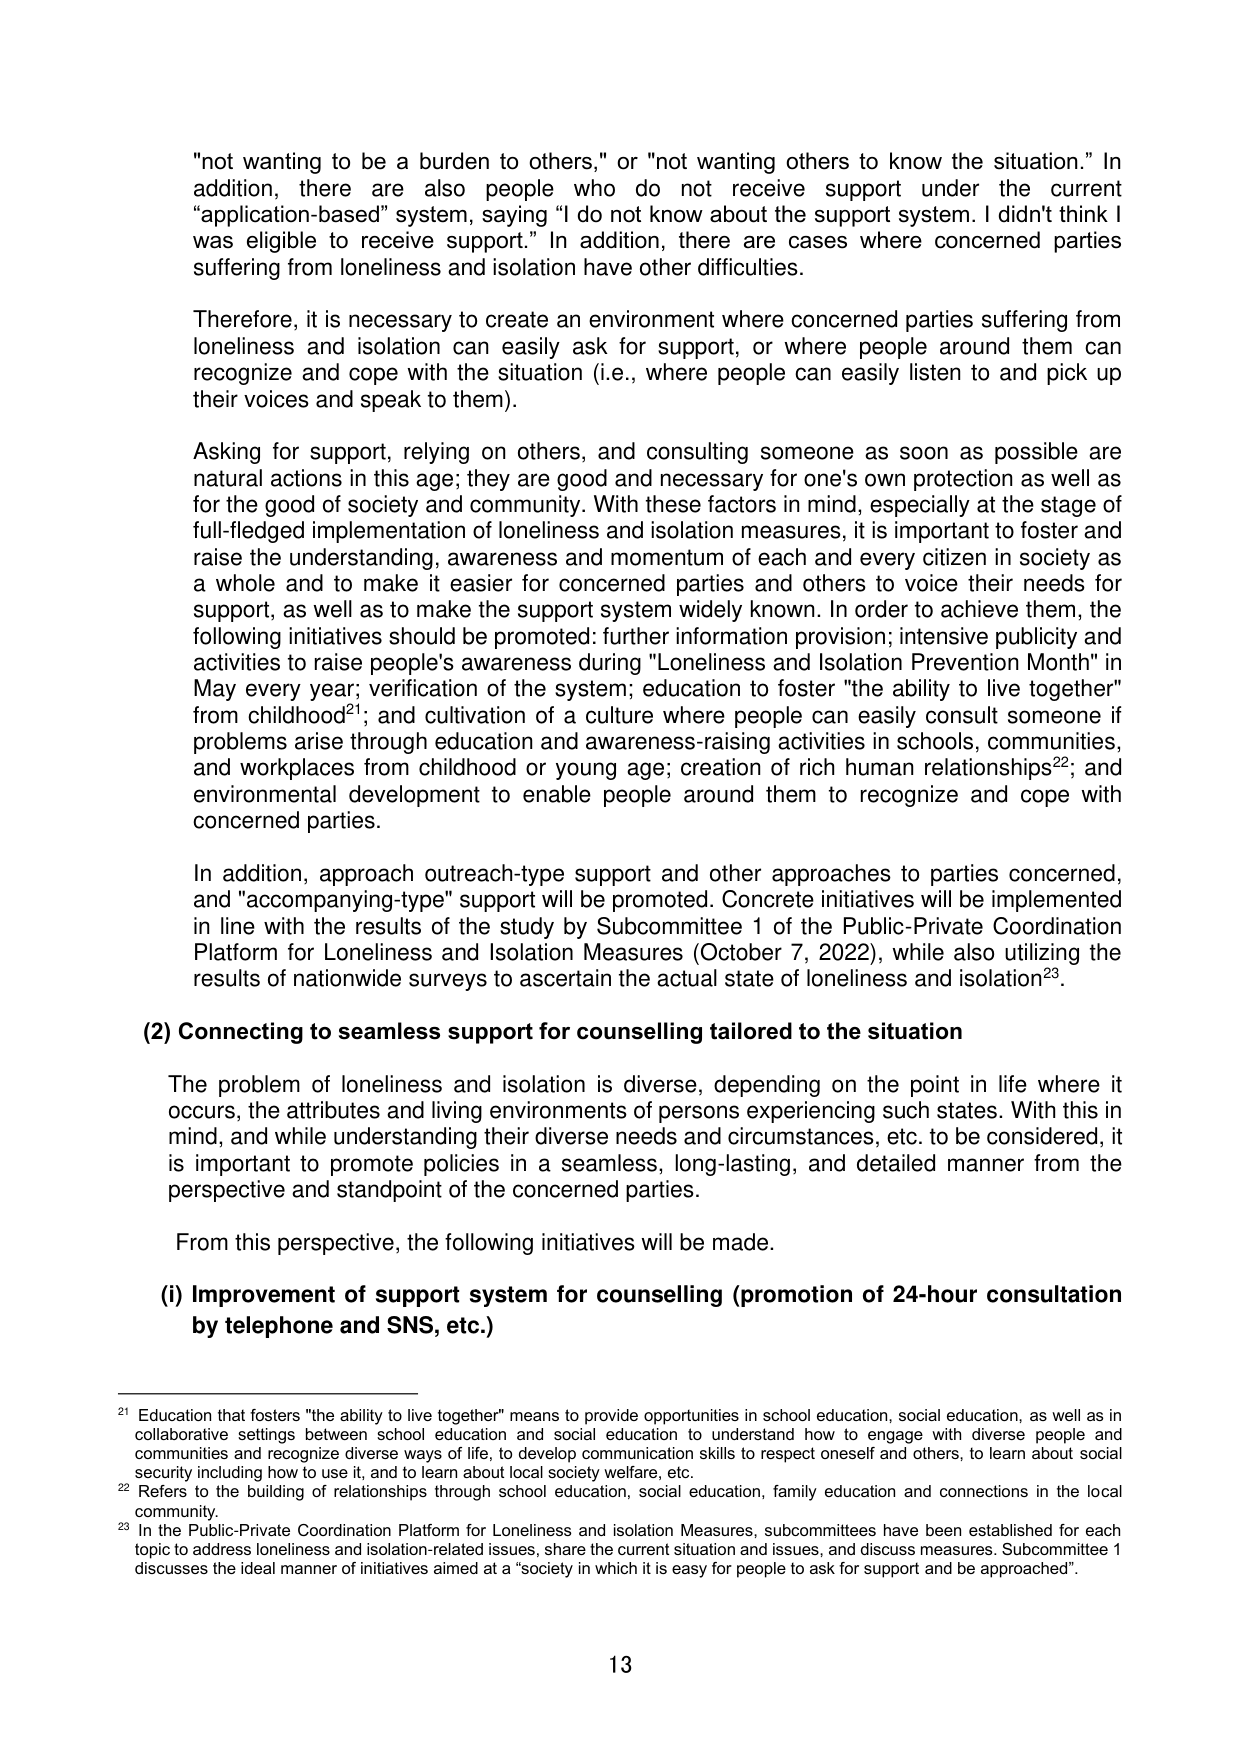
"not wanting to be a burden to others," or "not wanting others to know the situation." In addition, there are also people who do not receive support under the current "application-based" system, saying "I do not know about the support system. I didn't think I was eligible to receive support." In addition, there are cases where concerned parties suffering from loneliness and isolation have other difficulties.

Therefore, it is necessary to create an environment where concerned parties suffering from loneliness and isolation can easily ask for support, or where people around them can recognize and cope with the situation (i.e., where people can easily listen to and pick up their voices and speak to them).

Asking for support, relying on others, and consulting someone as soon as possible are natural actions in this age; they are good and necessary for one's own protection as well as for the good of society and community. With these factors in mind, especially at the stage of full-fledged implementation of loneliness and isolation measures, it is important to foster and raise the understanding, awareness and momentum of each and every citizen in society as a whole and to make it easier for concerned parties and others to voice their needs for support, as well as to make the support system widely known. In order to achieve them, the following initiatives should be promoted: further information provision; intensive publicity and activities to raise people's awareness during "Loneliness and Isolation Prevention Month" in May every year; verification of the system; education to foster "the ability to live together" from childhood²¹; and cultivation of a culture where people can easily consult someone if problems arise through education and awareness-raising activities in schools, communities, and workplaces from childhood or young age; creation of rich human relationships²²; and environmental development to enable people around them to recognize and cope with concerned parties.

In addition, approach outreach-type support and other approaches to parties concerned, and "accompanying-type" support will be promoted. Concrete initiatives will be implemented in line with the results of the study by Subcommittee 1 of the Public-Private Coordination Platform for Loneliness and Isolation Measures (October 7, 2022), while also utilizing the results of nationwide surveys to ascertain the actual state of loneliness and isolation²³.

(2) Connecting to seamless support for counselling tailored to the situation

The problem of loneliness and isolation is diverse, depending on the point in life where it occurs, the attributes and living environments of persons experiencing such states. With this in mind, and while understanding their diverse needs and circumstances, etc. to be considered, it is important to promote policies in a seamless, long-lasting, and detailed manner from the perspective and standpoint of the concerned parties.

From this perspective, the following initiatives will be made.

(i) Improvement of support system for counselling (promotion of 24-hour consultation by telephone and SNS, etc.)

²¹ Education that fosters "the ability to live together" means to provide opportunities in school education, social education, as well as in collaborative settings between school education and social education to understand how to engage with diverse people and communities and recognize diverse ways of life, to develop communication skills to respect oneself and others, to learn about social security including how to use it, and to learn about local society welfare, etc.

²² Refers to the building of relationships through school education, social education, family education and connections in the local community.

²³ In the Public-Private Coordination Platform for Loneliness and Isolation Measures, subcommittees have been established for each topic to address loneliness and isolation-related issues, share the current situation and issues, and discuss measures. Subcommittee 1 discusses the ideal manner of initiatives aimed at a "society in which it is easy for people to ask for support and be approached".

13